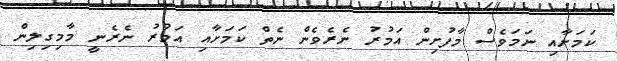
ކަމަށާއި ނަމަވެސް މާފުށިން އަމުރު ނެރެވެން ނެތް ކަމަށާއި އަމުރު ނެރެނީ މާމިގިލިން